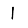
Digit: 1